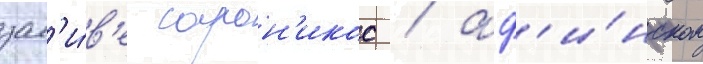
зал'и́в'е сарон'икос / аф'и́нском